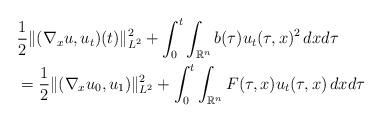
LaTeX: \begin{align*}&\frac12 \| (\nabla_xu, u_t)(t) \|_{L^2}^2 + \int_0^t \int_{\mathbb{R}^n} b(\tau) u_t(\tau, x)^2\,dxd\tau \\&= \frac12 \| (\nabla_x u_0, u_1) \|_{L^2}^2+ \int_0^t \int_{\mathbb{R}^n} F(\tau, x) u_t(\tau,x) \,dxd\tau\end{align*}